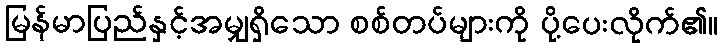
မြန်မာပြည်နှင့်အမျှရှိသော စစ်တပ်များကို ပို့ပေးလိုက်၏။